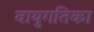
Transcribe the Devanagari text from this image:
वायुगतिका